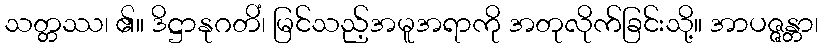
သတ္တဿ၊ ၏။ ဒိဋ္ဌာနုဂတိံ၊ မြင်သည့်အမူအရာကို အတုလိုက်ခြင်းသို့။ အာပဇ္ဇန္တာ၊